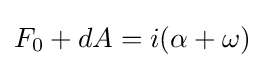
F_{0}+dA=i(\alpha +\omega )